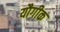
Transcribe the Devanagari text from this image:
यौगीक